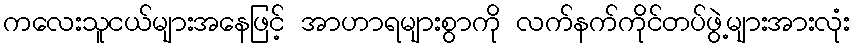
ကလေးသူငယ်များအနေဖြင့် အာဟာရများစွာကို လက်နက်ကိုင်တပ်ဖွဲ့များအားလုံး